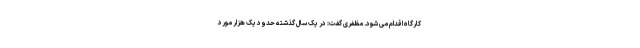
کارگاه اقدام می شود. مظفری گفت: در یک سال گذشته حدود یک هزار مورد